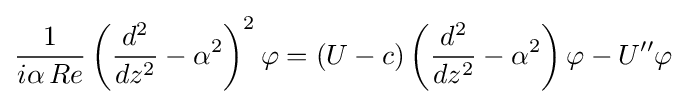
{1 \over i\alpha \,Re}\left({d^{2} \over dz^{2}}-\alpha ^{2}\right)^{2}\varphi =(U-c)\left({d^{2} \over dz^{2}}-\alpha ^{2}\right)\varphi -U''\varphi